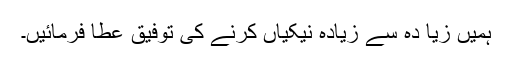
ہمیں زیا دہ سے زیادہ نیکیاں کرنے کی توفیق عطا فرمائیں۔